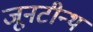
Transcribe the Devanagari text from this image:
जूनटीन्थ